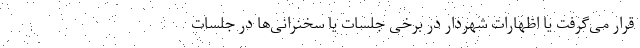
قرار می‌گرفت یا اظهارات شهردار در برخی جلسات یا سخنرانی‌ها در جلسات